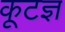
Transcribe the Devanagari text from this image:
कूटज्ञ